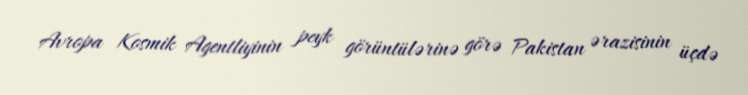
Avropa Kosmik Agentliyinin peyk görüntülərinə görə Pakistan ərazisinin üçdə